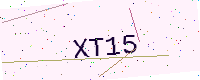
Text: XT15